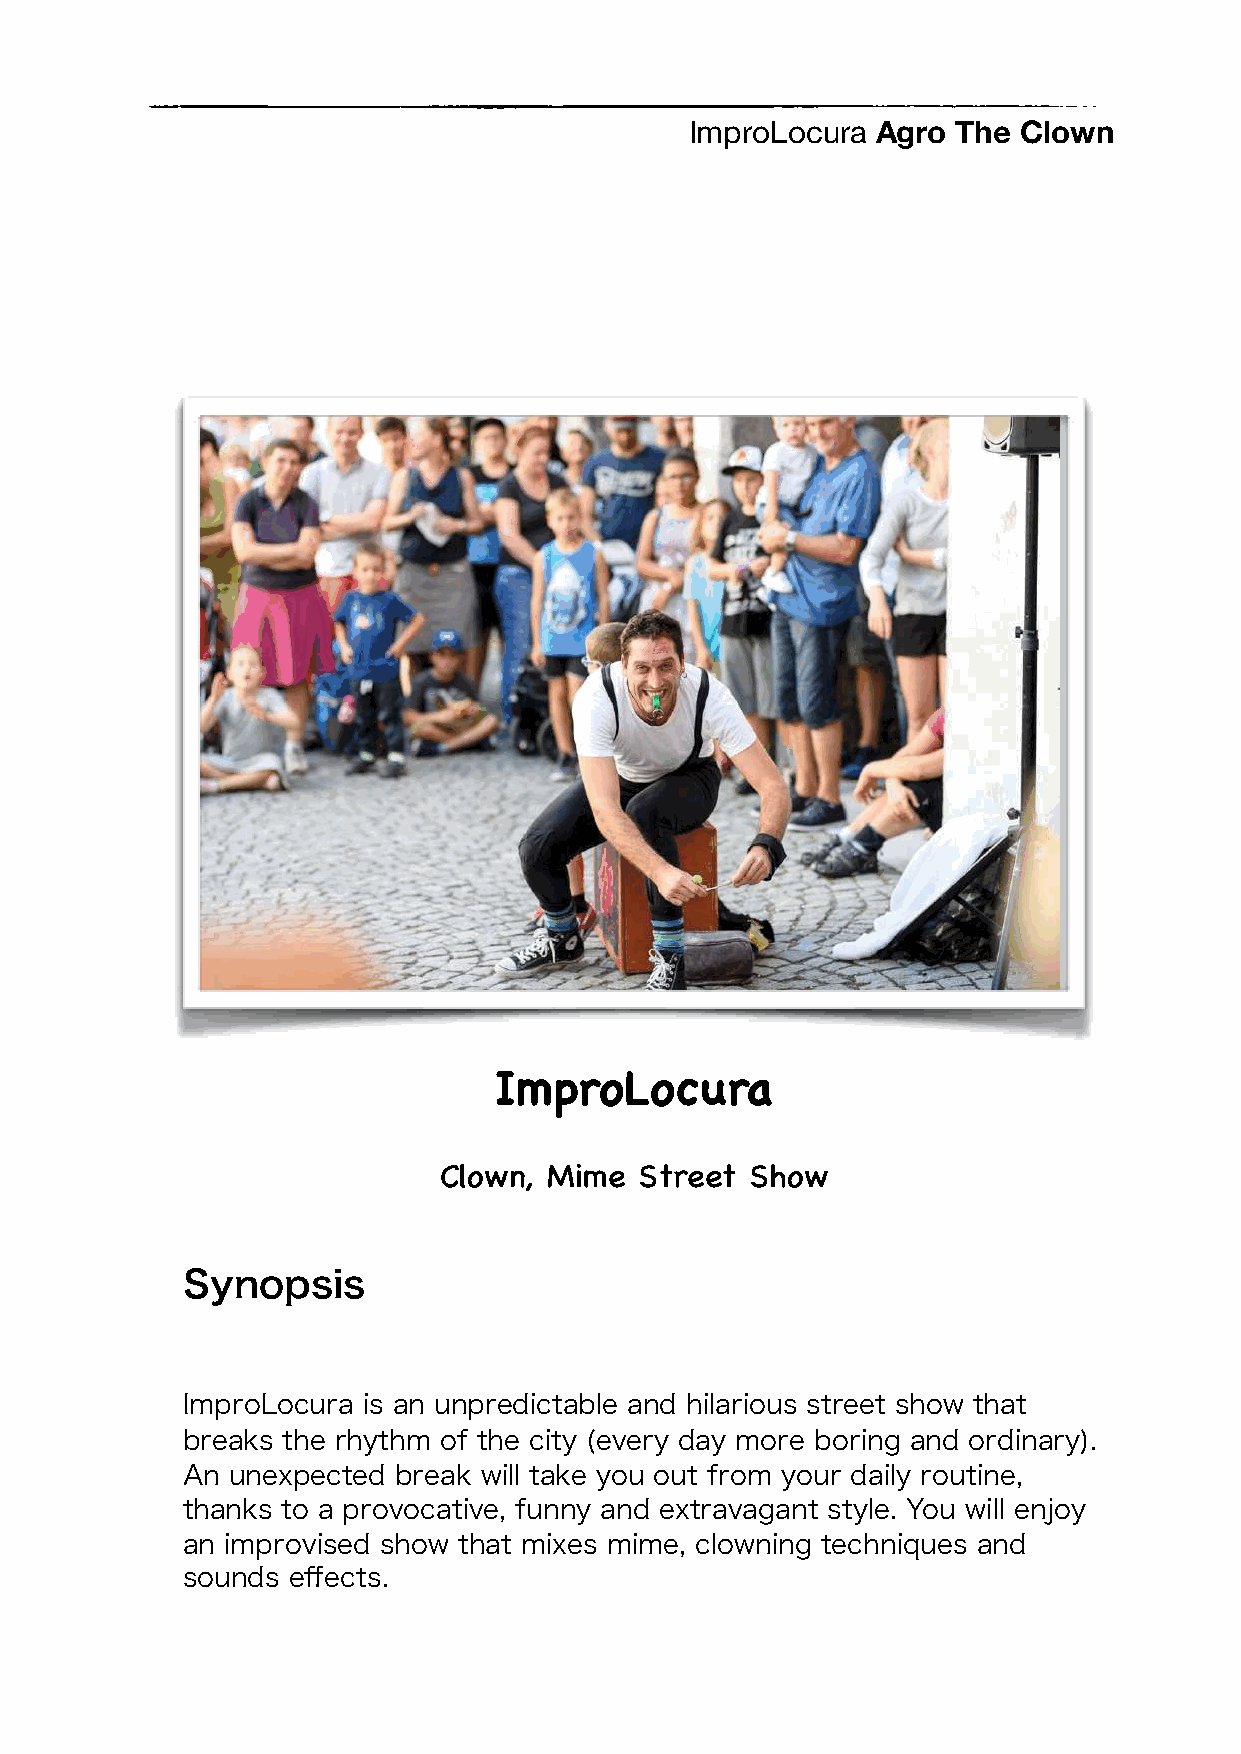
ImproLocura Agro The Clown
 ImproLocura
 Clown, Mime  Street  Show
 Synopsis
 ImproLocura is an unpredictable and hilarious street show that
 breaks the rhythm of the city (every day more boring and ordinary).
 An unexpected break will take you out from your daily routine,
 thanks to a provocative, funny and extravagant style. You will enjoy
 an improvised show that mixes mime, clowning techniques and
 sounds effects.